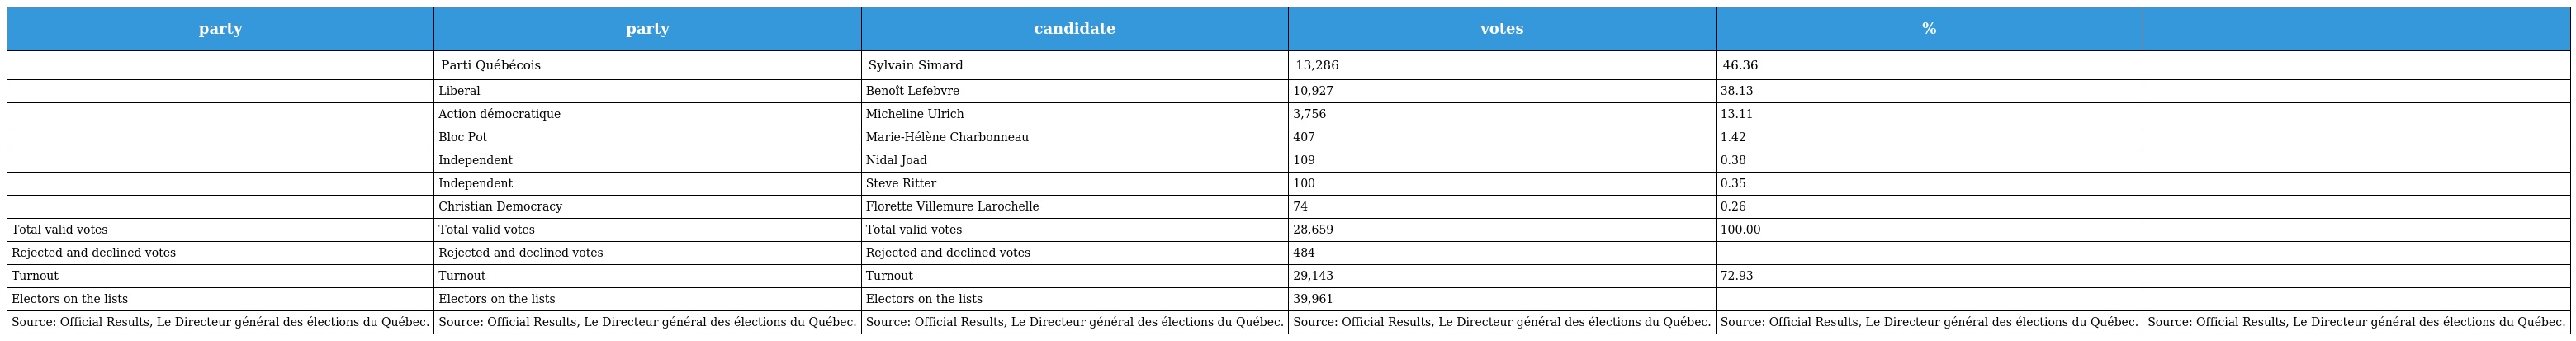
| party | party | candidate | votes | % |  |
 | --- | --- | --- | --- | --- | --- |
 |  | Parti Québécois | Sylvain Simard | 13,286 | 46.36 |  |
 |  | Liberal | Benoît Lefebvre | 10,927 | 38.13 |  |
 |  | Action démocratique | Micheline Ulrich | 3,756 | 13.11 |  |
 |  | Bloc Pot | Marie-Hélène Charbonneau | 407 | 1.42 |  |
 |  | Independent | Nidal Joad | 109 | 0.38 |  |
 |  | Independent | Steve Ritter | 100 | 0.35 |  |
 |  | Christian Democracy | Florette Villemure Larochelle | 74 | 0.26 |  |
 | Total valid votes | Total valid votes | Total valid votes | 28,659 | 100.00 |  |
 | Rejected and declined votes | Rejected and declined votes | Rejected and declined votes | 484 |  |  |
 | Turnout | Turnout | Turnout | 29,143 | 72.93 |  |
 | Electors on the lists | Electors on the lists | Electors on the lists | 39,961 |  |  |
 | Source: Official Results, Le Directeur général des élections du Québec. | Source: Official Results, Le Directeur général des élections du Québec. | Source: Official Results, Le Directeur général des élections du Québec. | Source: Official Results, Le Directeur général des élections du Québec. | Source: Official Results, Le Directeur général des élections du Québec. | Source: Official Results, Le Directeur général des élections du Québec. |